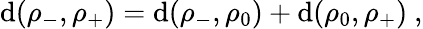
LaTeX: \mathrm{d}(\rho_{-},\rho_{+})=\mathrm{d}(\rho_{-},\rho_{0})+\mathrm{d}(\rho_{0},\rho_{+})\ ,